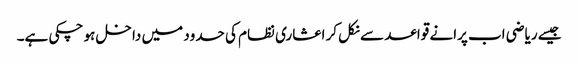
جیسے ریاضی اب پرانے قواعد سے نکل کر اعشاری نظام کی حدود میں داخل ہو چکی ہے۔